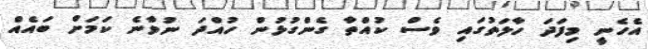
އެހެނީ މިފަދަ ހާލަތުގައި ވެސް ކުއްތާ ގެންގުޅުން ހުއްދަ ނުވާނެ ކަމަށް ބައެއް